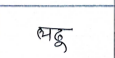
मजकूर: लढू